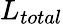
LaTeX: L_{total}